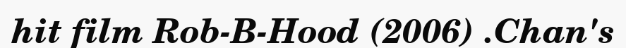
hit film Rob-B-Hood (2006) .Chan's